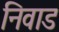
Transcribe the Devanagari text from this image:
निवाड